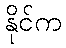
နိုင်က